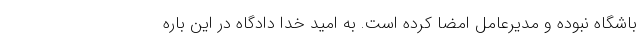
باشگاه نبوده و مدیرعامل امضا کرده است. به امید خدا دادگاه در این باره